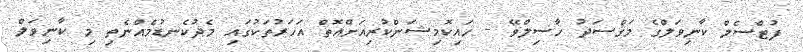
ފުޓްސެލް ކާނިވަލްގެ މަޤްސަދު ހާސިލްވޭ - ހައިކޮމިޝަންކުރިއަށްއޮތް އަހަރުތަކުގައި މެދުކެނޑުމެއްނެތި މި ކާނިވަލް